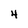
Character: 4